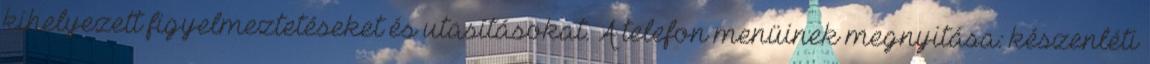
kihelyezett figyelmeztetéseket és utasításokat. A telefon menüinek megnyitása: készenléti